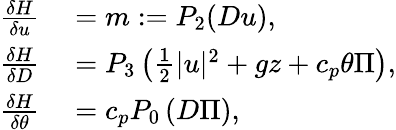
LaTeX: \begin{array}{rl}{\frac{\delta H}{\delta u}}&{{}=m:=P_{2}(Du),}\\ {\frac{\delta H}{\delta D}}&{{}=P_{3}\left(\frac{1}{2}|u|^{2}+gz+c_{p}\theta\Pi\right),}\\ {\frac{\delta H}{\delta\theta}}&{{}=c_{p}P_{0}\left(D\Pi\right),}\end{array}